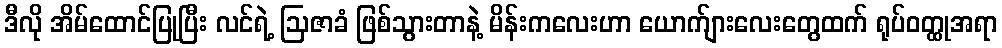
ဒီလို အိမ်ထောင်ပြုပြီး လင်ရဲ့ ဩဇာခံ ဖြစ်သွားတာနဲ့ မိန်းကလေးဟာ ယောက်ျားလေးတွေထက် ရုပ်ဝတ္ထုအရာ